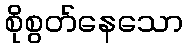
စိုစွတ်နေသော